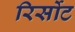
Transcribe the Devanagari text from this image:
रिर्सोट